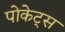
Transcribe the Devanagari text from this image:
पोकेट्स